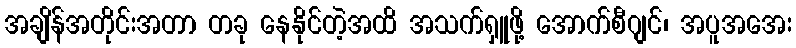
အချိန်အတိုင်းအတာ တခု နေနိုင်တဲ့အထိ အသက်ရှူဖို့ အောက်စီဂျင်၊ အပူအအေး